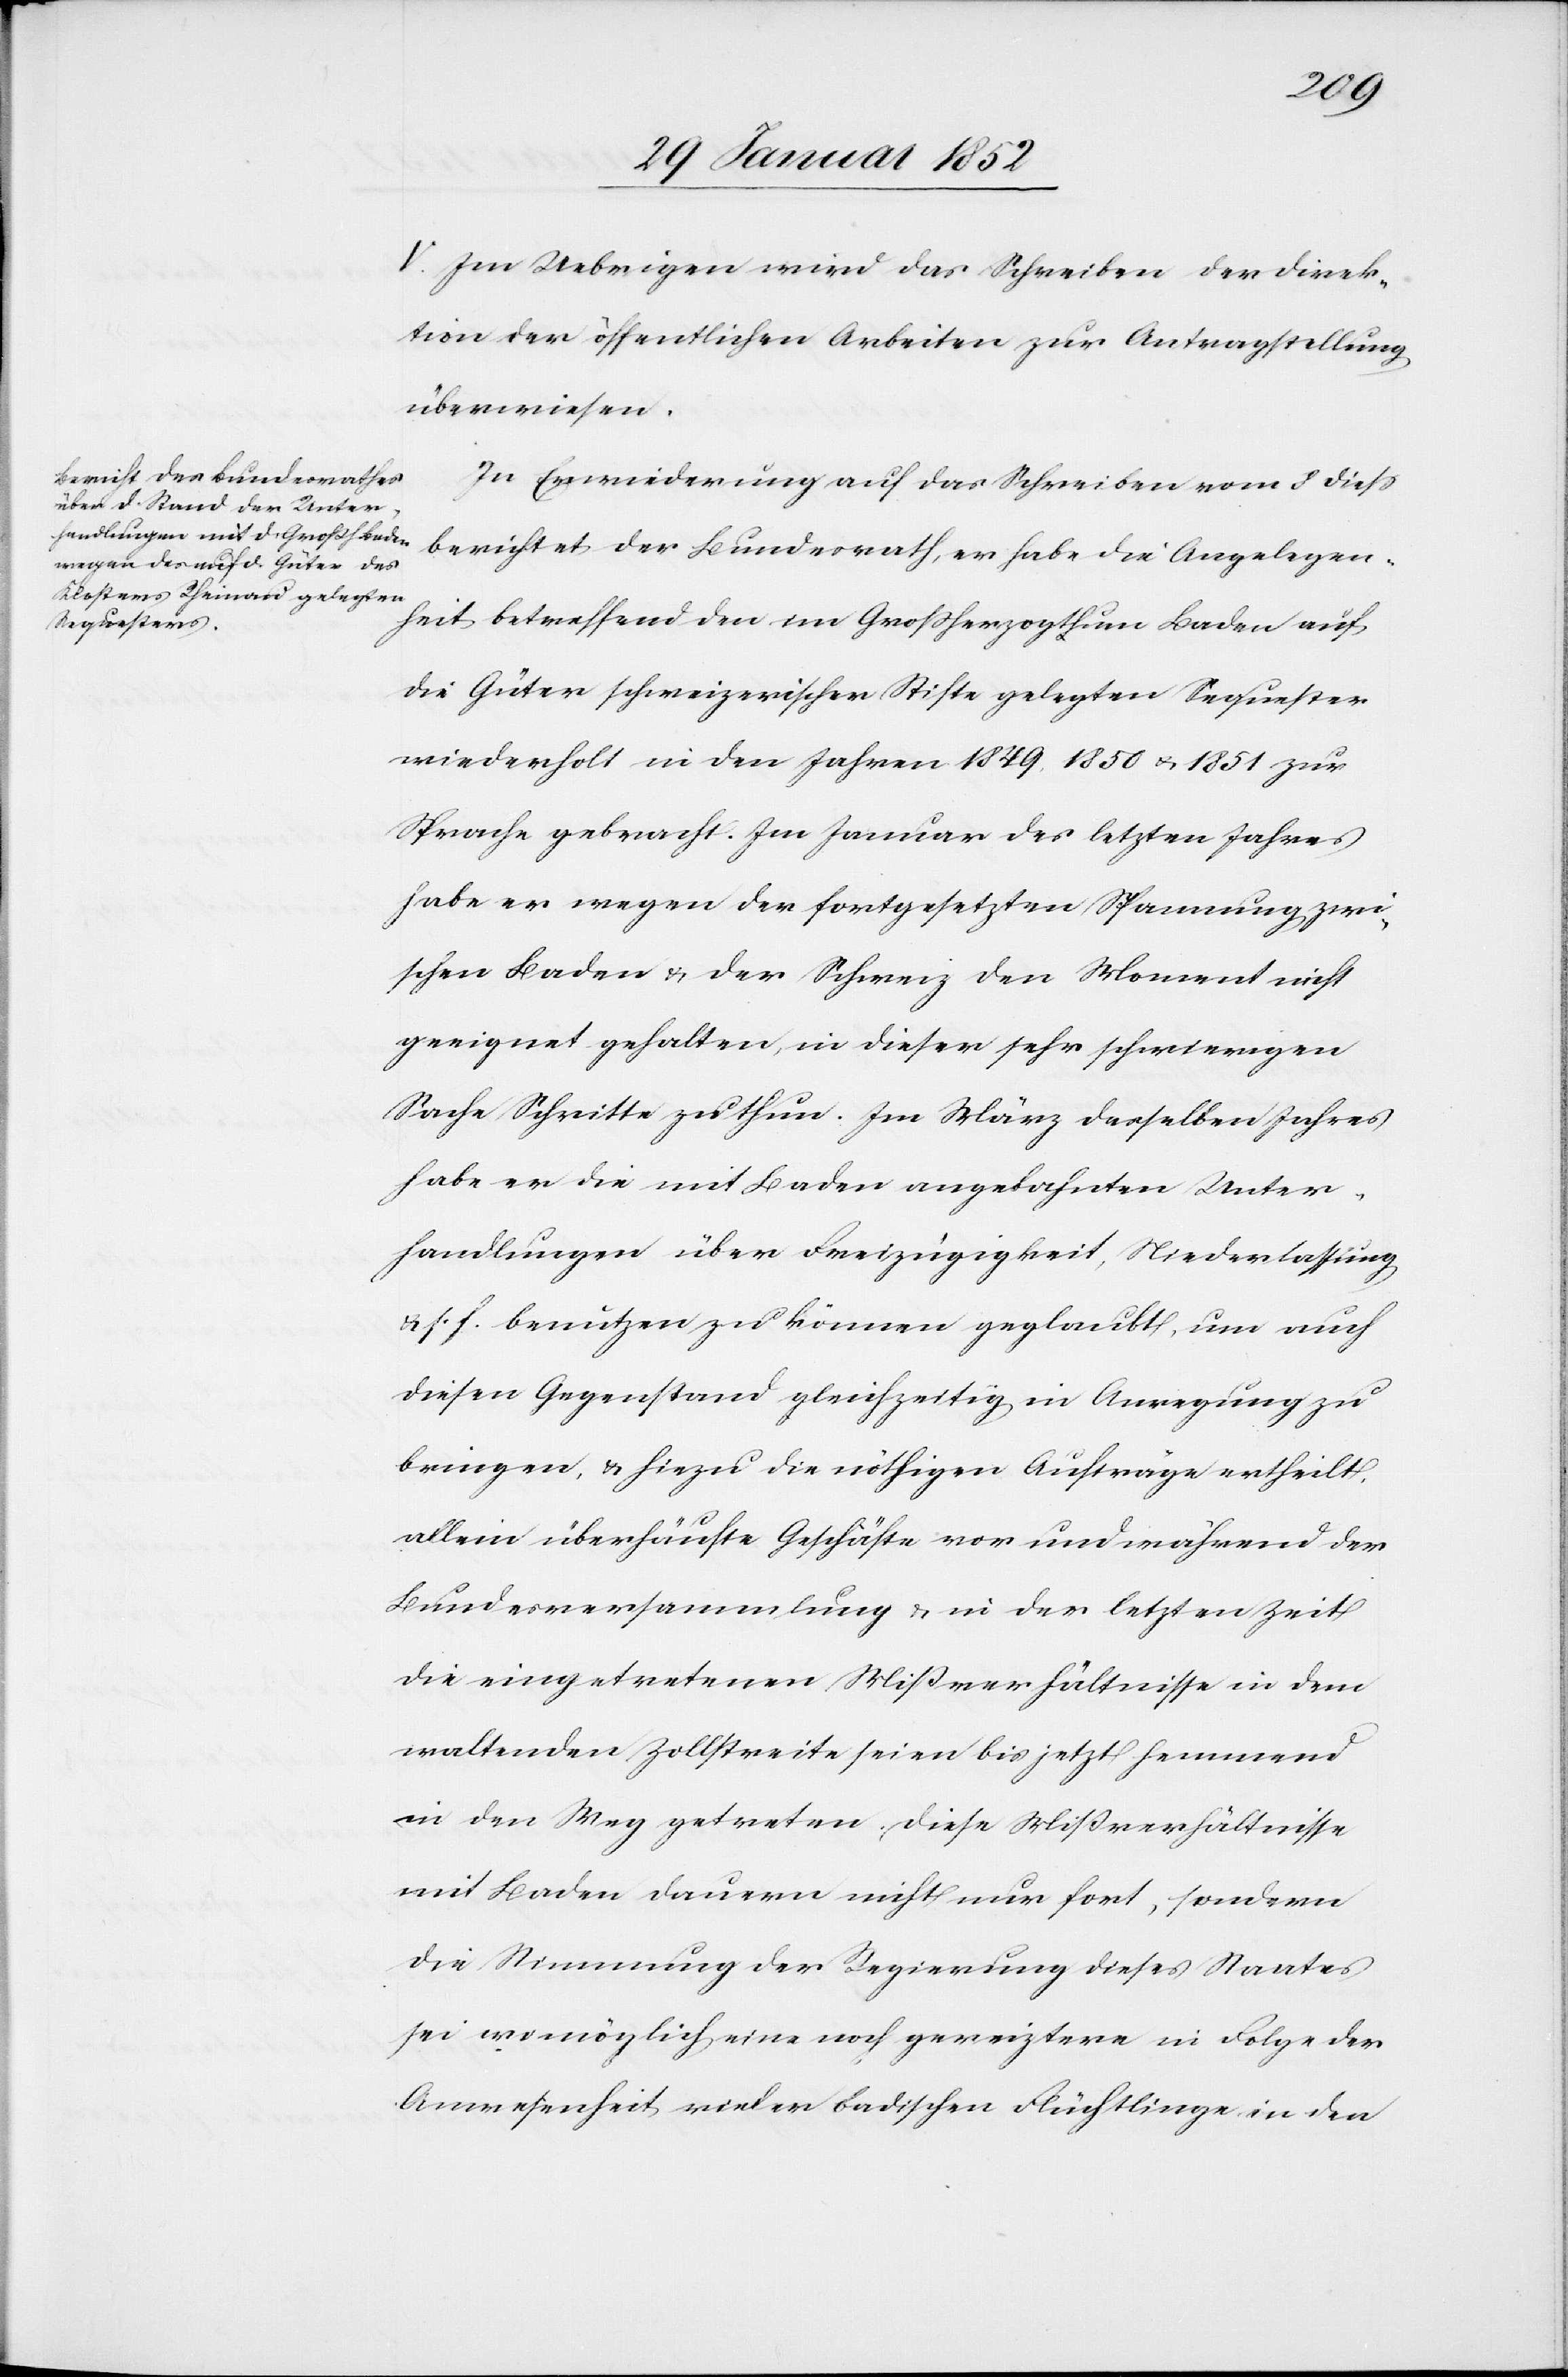
V. Im Uebrigen wird das Schreiben der Direk¬
tion der öffentlichen Arbeiten zur Antragstellung
überwiesen.
In Erwiederung auf das Schreiben vom 8 dieß
berichtet der Bundesrath, er habe die Angelegen¬
heit, betreffend den um im Großherzogthum Baden auf
die Güter schweizerischer Stifte gelegten Sequester
wiederholt in den Jahren 1849, 1850 u. 1851 zur
Sprache gebracht. Im Januar des lezten Jahres
habe er wegen der fortgesetzten Spannung zwi¬
schen Baden u. der Schweiz den Moment nicht
geeignet gehalten, in dieser sehr schwierigen
Sache Schritte zu thun. Im März desselben Jahres
habe er die mit Baden angebahnten Unter¬
handlungen über Freizügigkeit, Niederlassung
u. s. f. benutzen zu können geglaubt, um auch
diesen Gegenstand gleichzeitig in Anregung zu
bringen, u. hiezu die nöthigen Aufträge ertheilt,
allein überhäufte Geschäfte vor und während der
Bundesversammlung u. in der letzten Zeit
die eingetretenen Mißverhältnisse in dem
waltenden Zollstreite seien bis jetzt hemmend
in den Weg getreten, diese Mißverhältnisse
mit Baden dauern nicht nur fort, sondern
die Stimmung der Regierung dieses Staates
sei womöglich eine noch gereiztere in Folge der
Anwesenheit vieler badischen Flüchtlinge in den